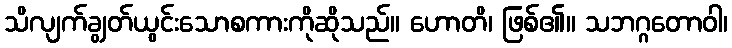
သိလျက်ချွတ်ယွင်းသောစကားကိုဆိုသည်။ ဟောတိ၊ ဖြစ်၏။ သဘဂ္ဂတောဝါ၊